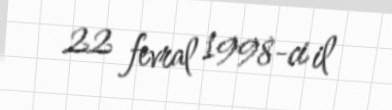
22 fevral 1998-ci il